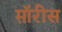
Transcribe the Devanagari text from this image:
म़ॉरीस